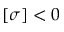
[ \sigma ] < 0